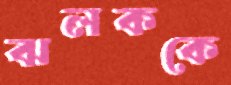
ঝলককে